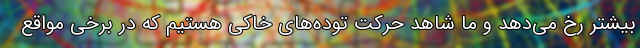
بیشتر رخ می‌دهد و ما شاهد حرکت توده‌های خاکی هستیم که در برخی مواقع